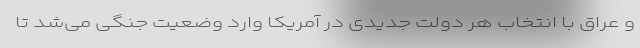
و عراق با انتخاب هر دولت جدیدی در آمریکا وارد وضعیت جنگی می‌شد تا